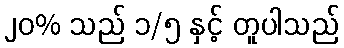
၂၀% သည် ၁/၅ နှင့် တူပါသည်